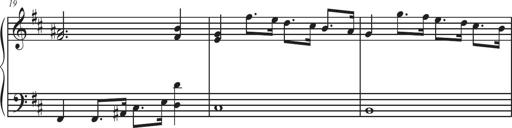
Title: Sonatina Espania
Composer: Jerald Franklin Archer
Key: Various